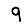
Digit: 9